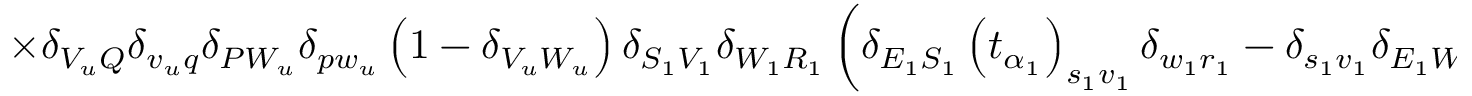
\times \delta _ { V _ { u } Q } \delta _ { v _ { u } q } \delta _ { P W _ { u } } \delta _ { p w _ { u } } \left( 1 - \delta _ { V _ { u } W _ { u } } \right) \delta _ { S _ { 1 } V _ { 1 } } \delta _ { W _ { 1 } R _ { 1 } } \left( \delta _ { E _ { 1 } S _ { 1 } } \left( t _ { \alpha _ { 1 } } \right) _ { s _ { 1 } v _ { 1 } } \delta _ { w _ { 1 } r _ { 1 } } - \delta _ { s _ { 1 } v _ { 1 } } \delta _ { E _ { 1 } W _ { 1 } } \left( t _ { \alpha _ { 1 } } \right) _ { w _ { 1 } r _ { 1 } } \right) \times